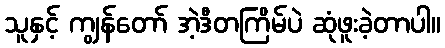
သူနှင့် ကျွန်တော် အဲ့ဒီတကြိမ်ပဲ ဆုံဖူးခဲ့တာပါ။